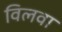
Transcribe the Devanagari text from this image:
विलवा